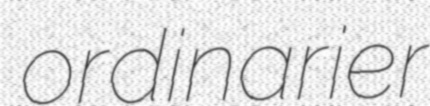
ordinarier